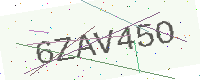
Text: 6ZAV45O